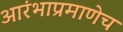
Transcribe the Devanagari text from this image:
आरंभाप्रमाणेच